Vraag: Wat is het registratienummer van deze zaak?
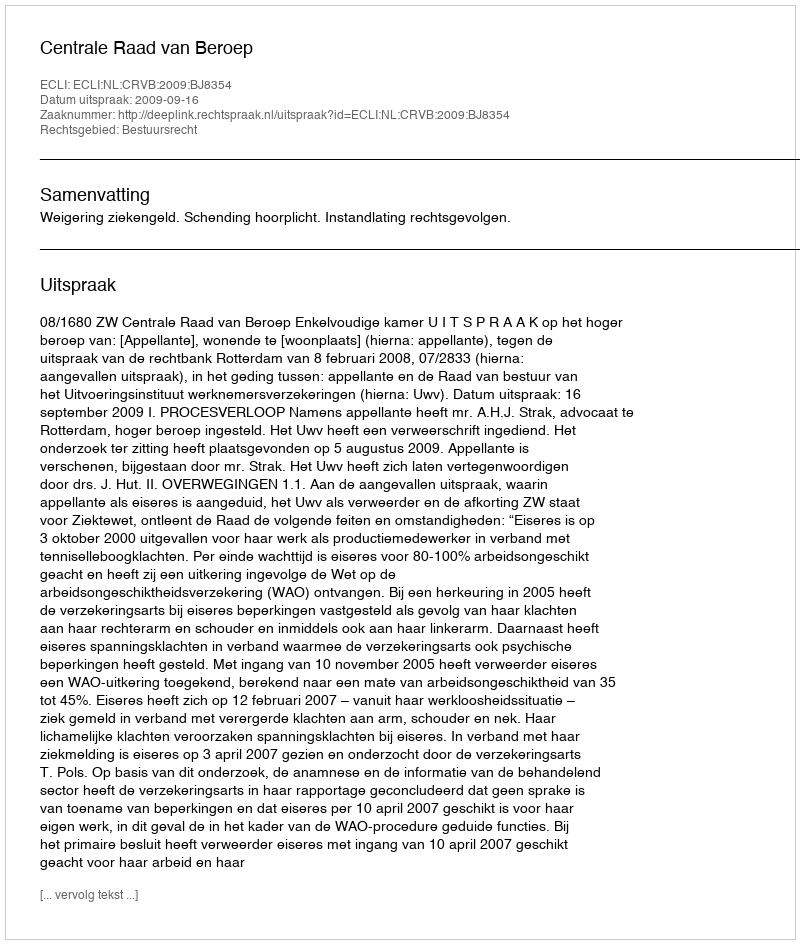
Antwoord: http://deeplink.rechtspraak.nl/uitspraak?id=ECLI:NL:CRVB:2009:BJ8354